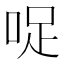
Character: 哫